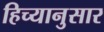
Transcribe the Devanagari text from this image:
हिच्यानुसार